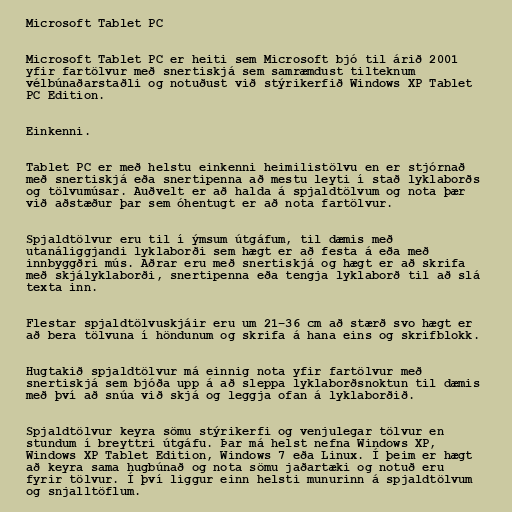
Microsoft Tablet PC

Microsoft Tablet PC er heiti sem Microsoft bjó til árið 2001
yfir fartölvur með snertiskjá sem samræmdust tilteknum
vélbúnaðarstaðli og notuðust við stýrikerfið Windows XP Tablet
PC Edition.

Einkenni.

Tablet PC er með helstu einkenni heimilistölvu en er stjórnað
með snertiskjá eða snertipenna að mestu leyti í stað lyklaborðs
og tölvumúsar. Auðvelt er að halda á spjaldtölvum og nota þær
við aðstæður þar sem óhentugt er að nota fartölvur.

Spjaldtölvur eru til í ýmsum útgáfum, til dæmis með
utanáliggjandi lyklaborði sem hægt er að festa á eða með
innbyggðri mús. Aðrar eru með snertiskjá og hægt er að skrifa
með skjályklaborði, snertipenna eða tengja lyklaborð til að slá
texta inn.

Flestar spjaldtölvuskjáir eru um 21–36 cm að stærð svo hægt er
að bera tölvuna í höndunum og skrifa á hana eins og skrifblokk.

Hugtakið spjaldtölvur má einnig nota yfir fartölvur með
snertiskjá sem bjóða upp á að sleppa lyklaborðsnoktun til dæmis
með því að snúa við skjá og leggja ofan á lyklaborðið.

Spjaldtölvur keyra sömu stýrikerfi og venjulegar tölvur en
stundum í breyttri útgáfu. Þar má helst nefna Windows XP,
Windows XP Tablet Edition, Windows 7 eða Linux. Í þeim er hægt
að keyra sama hugbúnað og nota sömu jaðartæki og notuð eru
fyrir tölvur. Í því liggur einn helsti munurinn á spjaldtölvum
og snjalltöflum.